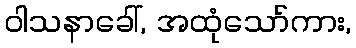
ဝါသနာခေါ်, အထုံသော်ကား,